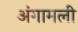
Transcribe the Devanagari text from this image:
अंगामली